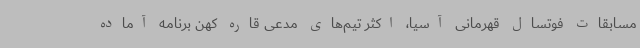
مسابقات فوتسال قهرمانی آسیا، اکثر تیم‌های مدعی قاره کهن برنامه آماده